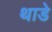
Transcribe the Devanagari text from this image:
थाडे